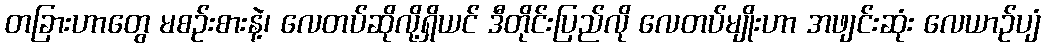
တခြားဟာတွေ မစဉ်းစားနဲ့၊ လေတပ်ဆိုလို့ရှိယင် ဒီတိုင်းပြည်လို လေတပ်မျိုးဟာ အဖျင်းဆုံး လေယာဉ်ပျံ